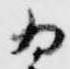
為